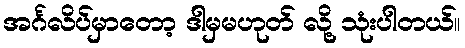
အင်္ဂလိပ်မှာတော့ ဒါမှမဟုတ် လို့ သုံးပါတယ်။